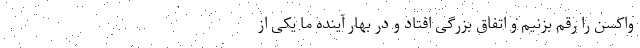
واکسن را رقم بزنیم و اتفاق بزرگی افتاد و در بهار آینده ما یکی از